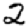
Digit: 2